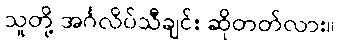
သူတို့ အင်္ဂလိပ်သီချင်း ဆိုတတ်လား။